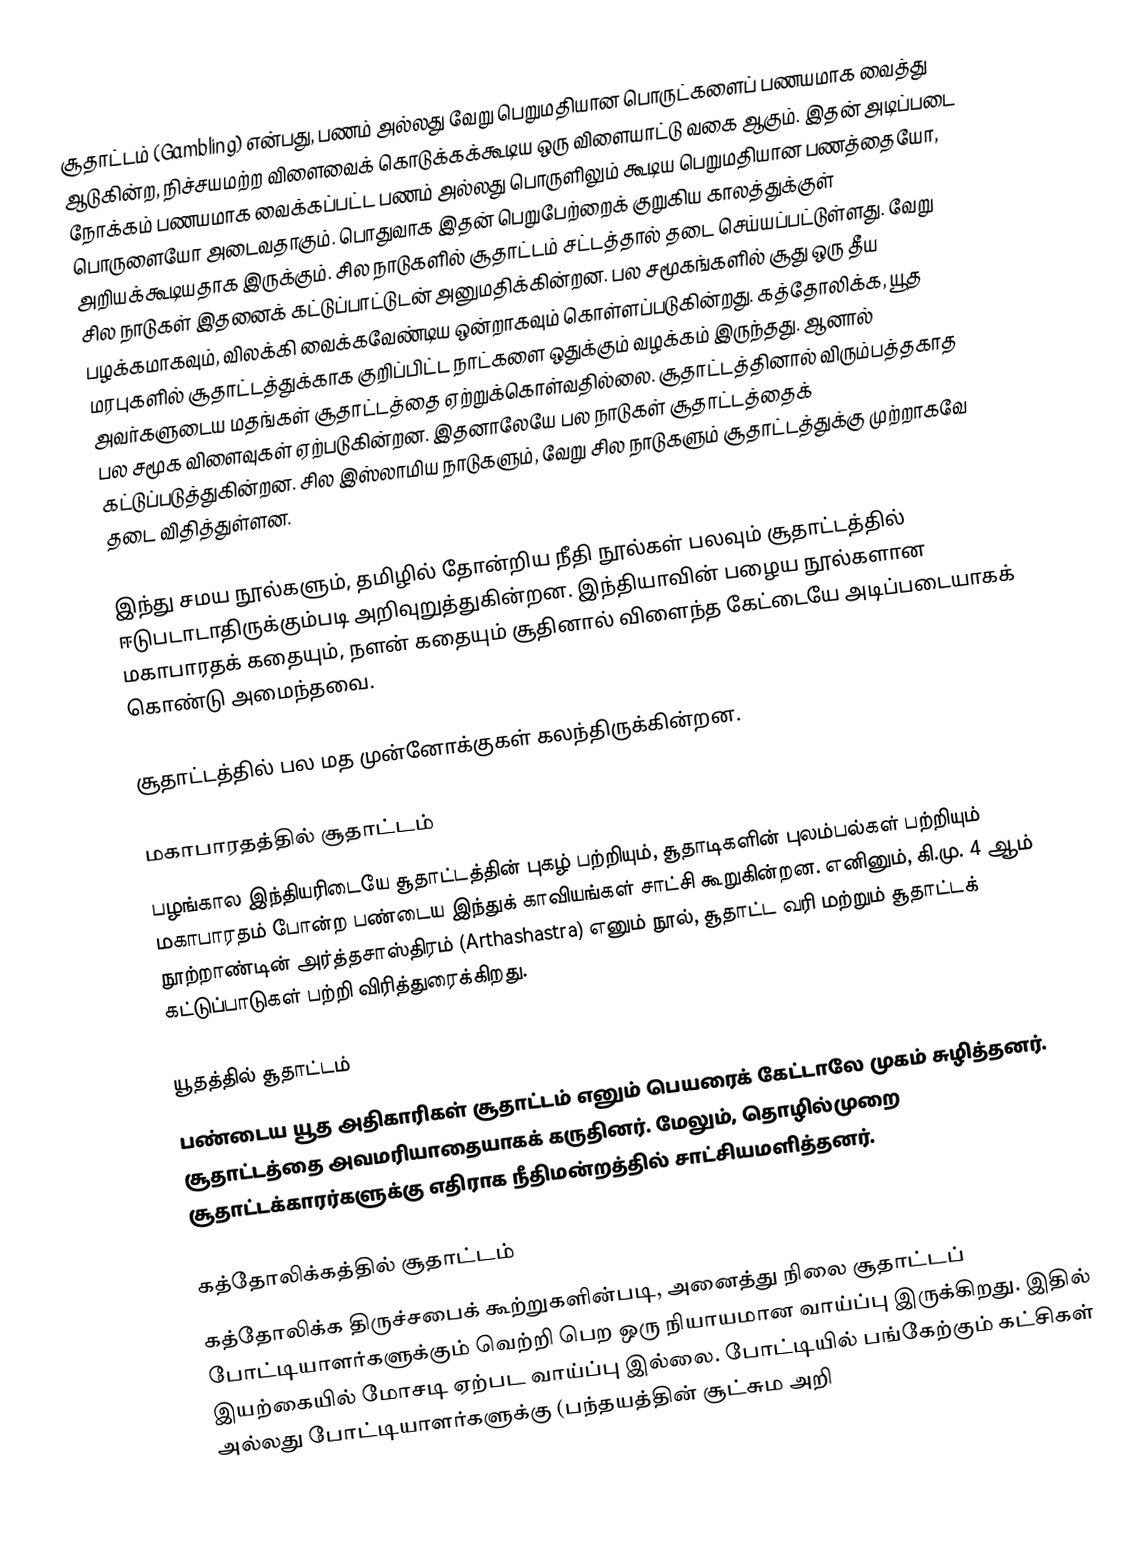
சூதாட்டம் (Gambling) என்பது, பணம் அல்லது வேறு பெறுமதியான பொருட்களைப் பணயமாக வைத்து ஆடுகின்ற, நிச்சயமற்ற விளைவைக் கொடுக்கக்கூடிய ஒரு விளையாட்டு வகை ஆகும். இதன் அடிப்படை நோக்கம் பணயமாக வைக்கப்பட்ட பணம் அல்லது பொருளிலும் கூடிய பெறுமதியான பணத்தையோ, பொருளையோ அடைவதாகும். பொதுவாக இதன் பெறுபேற்றைக் குறுகிய காலத்துக்குள் அறியக்கூடியதாக இருக்கும். சில நாடுகளில் சூதாட்டம் சட்டத்தால் தடை செய்யப்பட்டுள்ளது. வேறு சில நாடுகள் இதனைக் கட்டுப்பாட்டுடன் அனுமதிக்கின்றன. பல சமூகங்களில் சூது ஒரு தீய பழக்கமாகவும், விலக்கி வைக்கவேண்டிய ஒன்றாகவும் கொள்ளப்படுகின்றது. கத்தோலிக்க, யூத மரபுகளில் சூதாட்டத்துக்காக குறிப்பிட்ட நாட்களை ஒதுக்கும் வழக்கம் இருந்தது. ஆனால் அவர்களுடைய மதங்கள் சூதாட்டத்தை ஏற்றுக்கொள்வதில்லை. சூதாட்டத்தினால் விரும்பத்தகாத பல சமூக விளைவுகள் ஏற்படுகின்றன. இதனாலேயே பல நாடுகள் சூதாட்டத்தைக் கட்டுப்படுத்துகின்றன. சில இஸ்லாமிய நாடுகளும், வேறு சில நாடுகளும் சூதாட்டத்துக்கு முற்றாகவே தடை விதித்துள்ளன.

இந்து சமய நூல்களும், தமிழில் தோன்றிய நீதி நூல்கள் பலவும் சூதாட்டத்தில் ஈடுபடாடாதிருக்கும்படி அறிவுறுத்துகின்றன. இந்தியாவின் பழைய நூல்களான மகாபாரதக் கதையும், நளன் கதையும் சூதினால் விளைந்த கேட்டையே அடிப்படையாகக் கொண்டு அமைந்தவை.

சூதாட்டத்தில் பல மத முன்னோக்குகள் கலந்திருக்கின்றன.

மகாபாரதத்தில் சூதாட்டம்
பழங்கால இந்தியரிடையே சூதாட்டத்தின் புகழ் பற்றியும், சூதாடிகளின் புலம்பல்கள் பற்றியும் மகாபாரதம் போன்ற பண்டைய இந்துக் காவியங்கள் சாட்சி கூறுகின்றன. எனினும், கி.மு. 4 ஆம் நூற்றாண்டின் அர்த்தசாஸ்திரம் (Arthashastra) எனும் நூல், சூதாட்ட வரி மற்றும் சூதாட்டக் கட்டுப்பாடுகள் பற்றி விரித்துரைக்கிறது.

யூதத்தில் சூதாட்டம்
பண்டைய யூத அதிகாரிகள் சூதாட்டம் எனும் பெயரைக் கேட்டாலே முகம் சுழித்தனர். சூதாட்டத்தை அவமரியாதையாகக் கருதினர். மேலும், தொழில்முறை சூதாட்டக்காரர்களுக்கு எதிராக நீதிமன்றத்தில் சாட்சியமளித்தனர்.

கத்தோலிக்கத்தில் சூதாட்டம்
கத்தோலிக்க திருச்சபைக் கூற்றுகளின்படி, அனைத்து நிலை சூதாட்டப் போட்டியாளர்களுக்கும் வெற்றி பெற ஒரு நியாயமான வாய்ப்பு இருக்கிறது. இதில் இயற்கையில் மோசடி ஏற்பட வாய்ப்பு இல்லை. போட்டியில் பங்கேற்கும் கட்சிகள் அல்லது போட்டியாளர்களுக்கு (பந்தயத்தின் சூட்சும அறி